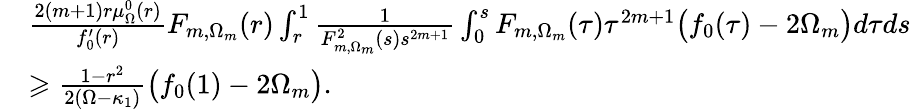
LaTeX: \begin{array}{rl}&{\frac{2(m+1)r\mu_{\Omega}^{0}(r)}{f_{0}^{\prime}(r)}F_{m,\Omega_{m}}(r)\int_{r}^{1}\frac{1}{F_{m,\Omega_{m}}^{2}(s)s^{2m+1}}\int_{0}^{s}F_{m,\Omega_{m}}(\tau)\tau^{2m+1}\big({f_{0}(\tau)}-2\Omega_{m}\big)d\tau ds}\\ &{\geqslant\frac{1-r^{2}}{2(\Omega-\kappa_{1})}\big(f_{0}(1)-2\Omega_{m}\big).}\end{array}